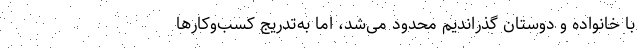
با خانواده و دوستان گذراندیم محدود می‌شد، اما به‌تدریج کسب‌وکارها